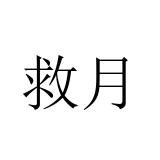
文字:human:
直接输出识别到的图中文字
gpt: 救月